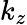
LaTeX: k_{z}